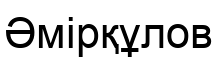
Әмірқұлов